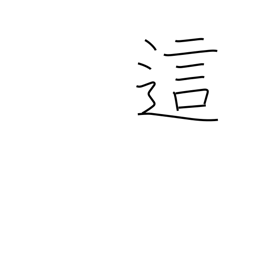
Meaning: creep